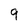
Character: 9